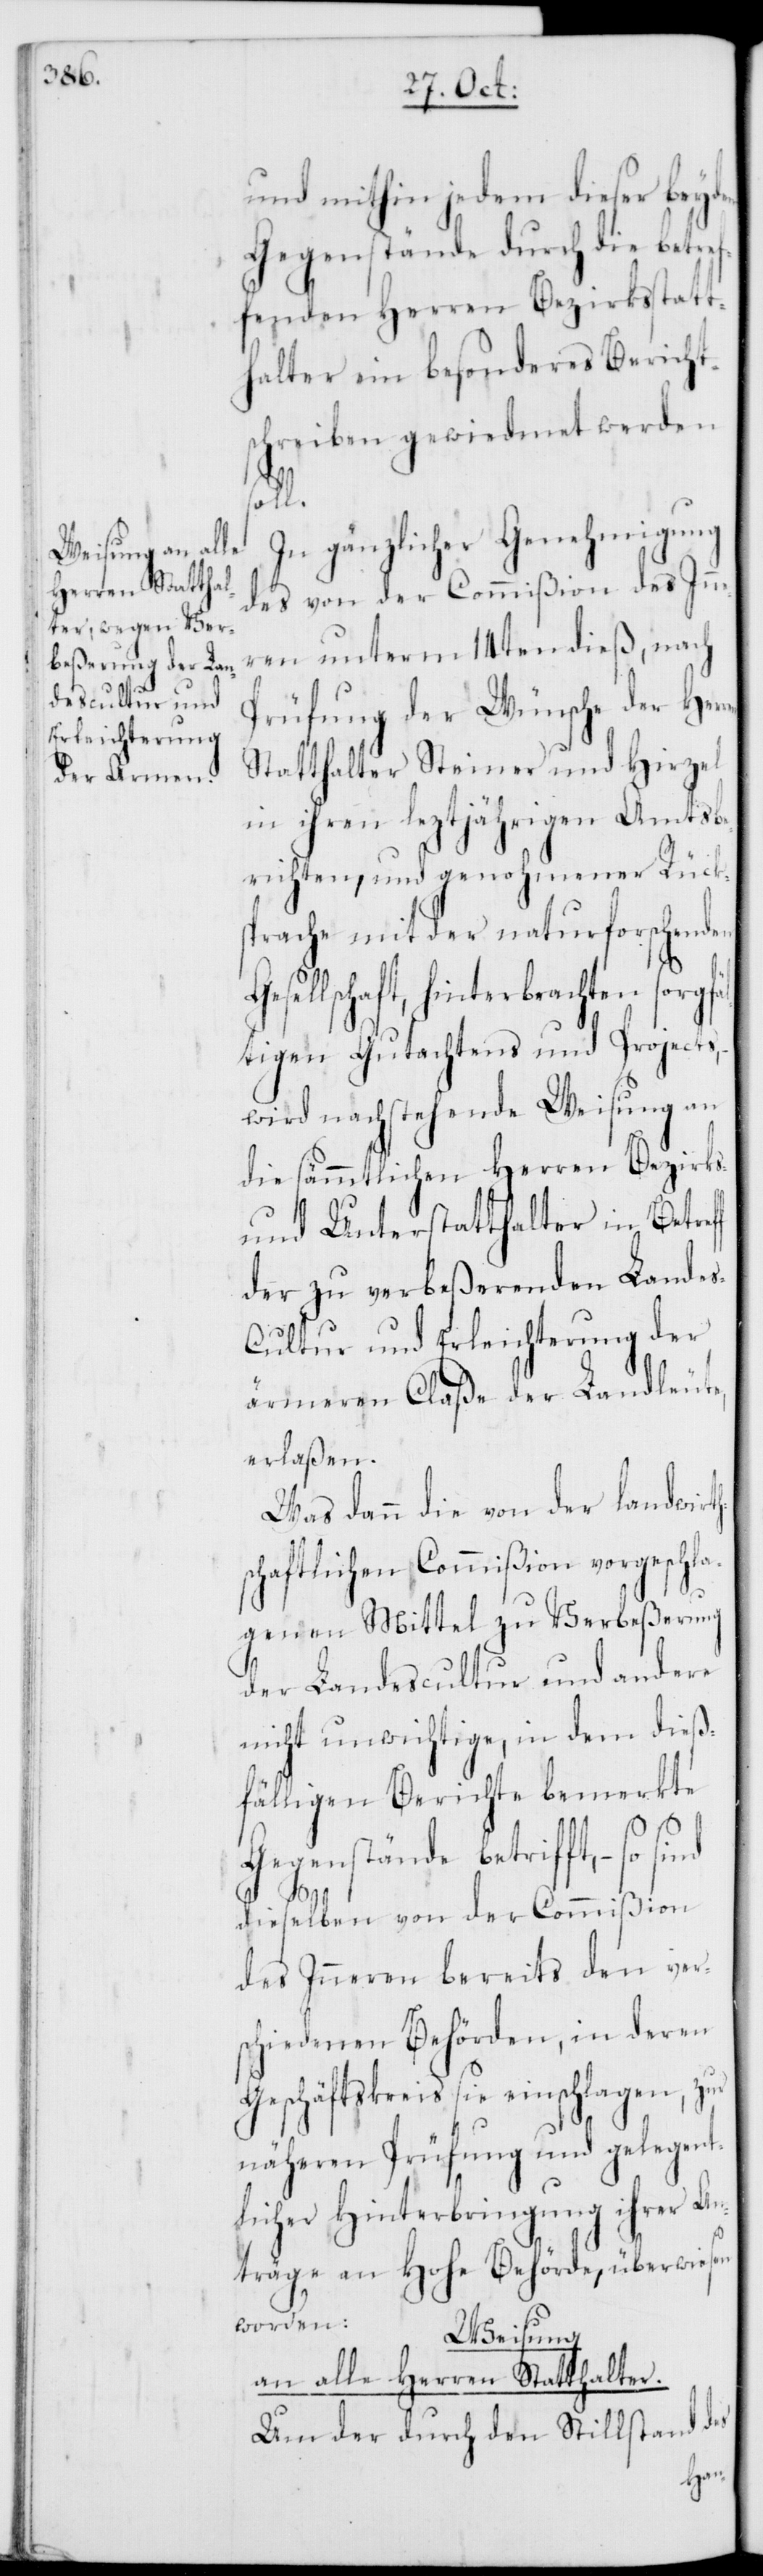
und mithin jedem dieser beyden
Gegenstände durch die betre¬
ffenden Herren Bezirksstatt¬
halter ein besonderes Bericht¬
schreiben gewiedmet werden
fäl¬
In gänzlicher Genehmigung
des von der Commißion des Inn¬
eren unterm 14ten dieß, nach
Prüfung der Wünsche der Her¬
Statthalter Steiner und Hirzel
in ihren letztjährigen Amtsbe¬
richten, und genohmener Rück¬
sprache mit der naturforschenden
sellschaft, hinterbrachten sorg¬
tigen Gutachtens und Projects,
wird nachstehende Weisung an
die sämmtlichen Herren Bezirks-
und Unterstatthalter in Betre¬
der zu verbeßerenden Lande¬
s-Cultur und Erleichterung der
ärmeren Claße der Landleute
erlaßen.
Was dann die von der landwirt¬
schaftlichen Commißion vorgeschla¬
genen Mittel zu Verbeßerung
der Landescultur und andere
nicht unwichtige, in dem dieß¬
fälligen Berichte bemerkte
Gegenstände betrifft, – so
ff
dieselben von der Commißion
des Inneren bereits den ver¬
schiedenen Behörden, in deren
Geschäftskreis sie einschlagen, zur
näheren Prüfung und gelegent¬
licher Hinterbringung ihrer A¬
nträge an Hohe Behörde, überwiesen
worden.
Weisung
an alle Herren Statthalter.
Um der durch den Stillstand des